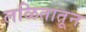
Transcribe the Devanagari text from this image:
लळितातून